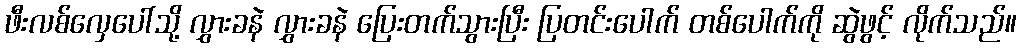
ဖီးလစ်လှေပေါ်သို့ လွှားခနဲ လွှားခနဲ ပြေးတက်သွားပြီး ပြတင်းပေါက် တစ်ပေါက်ကို ဆွဲဖွင့် လိုက်သည်။